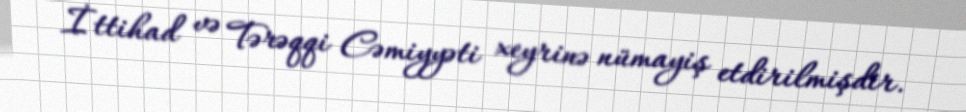
İttihad və Tərəqqi Cəmiyyəti xeyrinə nümayiş etdirilmişdir.